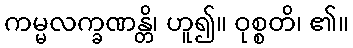
ကမ္မလက္ခဏန္တိ၊ ဟူ၍။ ဝုစ္စတိ၊ ၏။